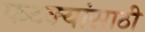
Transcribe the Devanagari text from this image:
फटक्यांसाठी